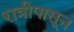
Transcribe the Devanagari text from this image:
रात्रीपासून